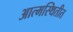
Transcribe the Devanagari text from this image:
आत्मस्थितीत